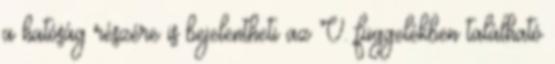
a hatóság részére is bejelentheti az V. függelékben található